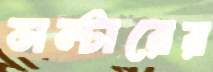
সল্টারের